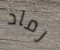
رماد